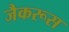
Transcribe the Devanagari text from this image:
जैकरूस